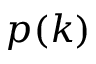
p ( k )